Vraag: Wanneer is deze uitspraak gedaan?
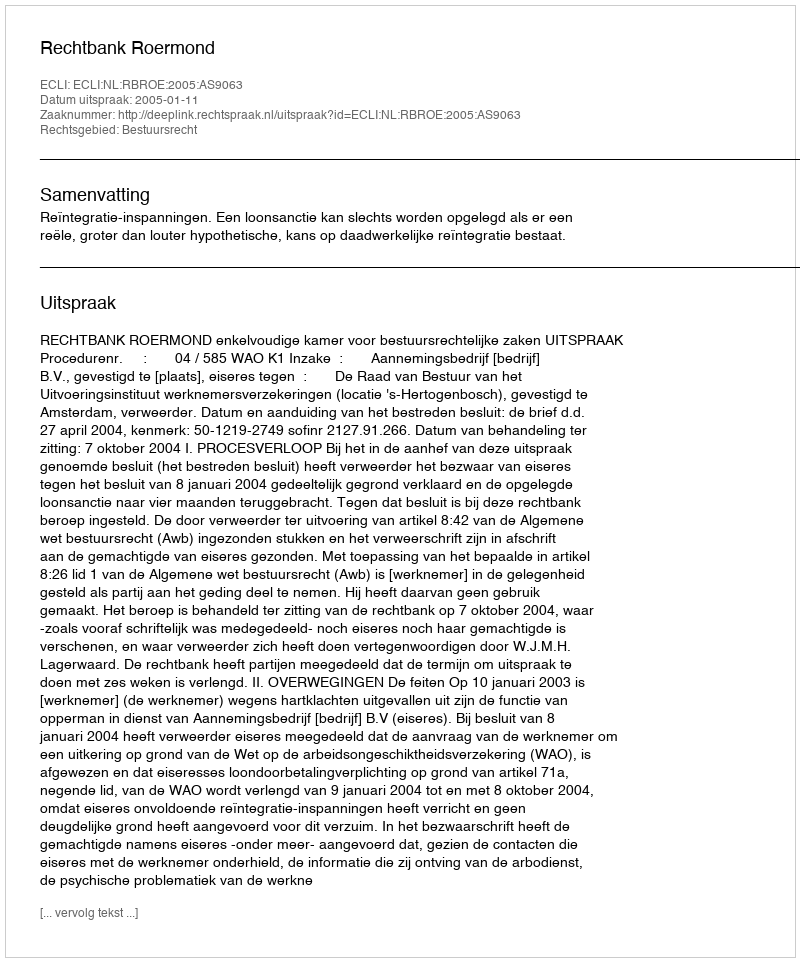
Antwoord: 2005-01-11